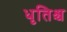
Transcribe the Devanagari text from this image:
धृतिश्च